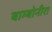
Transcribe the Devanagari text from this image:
बाम्बोनीरा